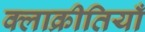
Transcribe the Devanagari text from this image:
क्लाक्रीतियाँ